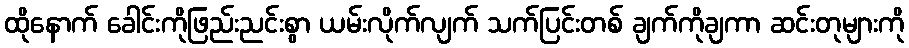
ထိုနောက် ခေါင်းကိုဖြည်းညင်းစွာ ယမ်းလိုက်လျက် သက်ပြင်းတစ် ချက်ကိုချကာ ဆင်းတုများကို